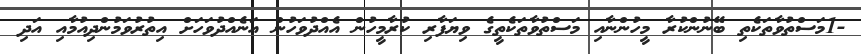
-1މަސްތުވާތަކެތި ބޭނުންކުރާ މީހުންނާއި މަސްތުވާތަކެތީގެ ވިޔަފާރި ކުރާމީހުން އެއްދުވަހުން އަނެއްދުވަހަށް އިތުރުވަމުންދިއުމާއި އަދި